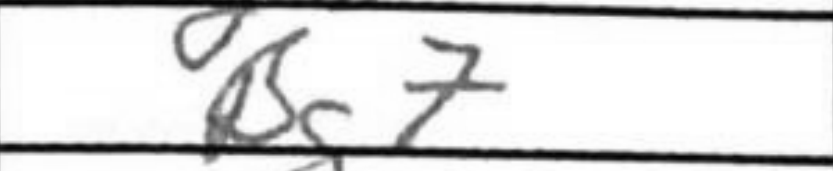
Transcription: Bg7